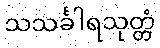
သသင်္ခါရသုတ္တံ